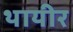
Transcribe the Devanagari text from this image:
थायीर